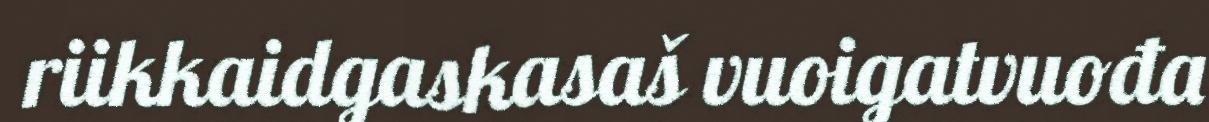
riikkaidgaskasaš vuoigatvuođa